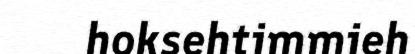
hoksehtimmieh